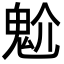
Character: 魀